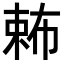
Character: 𣔩